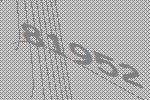
81952